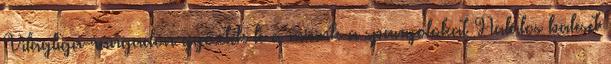
Világliga-rangadón győzték le a mieink a spanyolokat Halálos baleset